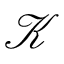
\mathcal K